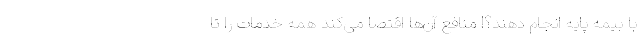
با بیمه پایه انجام دهند؟! منافع آن‌ها اقتصا می‌کند همه خدمات را تا